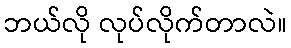
ဘယ်လို လုပ်လိုက်တာလဲ။